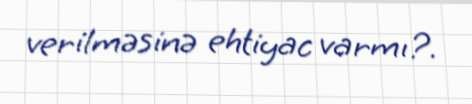
verilməsinə ehtiyac varmı?.